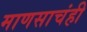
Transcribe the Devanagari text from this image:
माणसाचंही